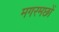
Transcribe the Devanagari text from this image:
मगरमछों